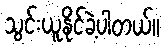
သွင်းယူနိုင်ခဲ့ပါတယ်။